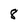
Character: 8